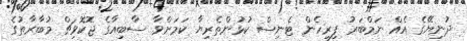
ދުނިޔޭގެ އެއް ނަމްބަރު ފިރިހެން ޓެނިސް ކުޅުންތެރިޔާ ކަމަށްވާ ސާބިއާގެ ޖޮކޮވިޗް މުބާރާތުގެ